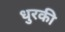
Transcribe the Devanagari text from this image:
धुरकी